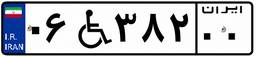
۰۶W۳۸۲۰۰